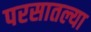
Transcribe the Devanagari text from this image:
परसातल्या